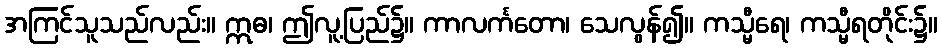
အကြင်သူသည်လည်း။ ဣဓ၊ ဤလူ့ပြည်၌။ ကာလင်္ကတော၊ သေလွန်၍။ ကသ္မီရေ၊ ကသ္မီရတိုင်း၌။